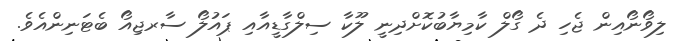
ލިވޯނޯއިން ޖެހި ދެ ގޯލް ކާމިޔާބުކޮށްދިނީ ލޫކާ ސިލްގާޑީއާއި ޕައުލޯ ސާރޖިއޯ ބެޓަނިންއެވެ.